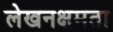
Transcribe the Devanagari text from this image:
लेखनक्षमता